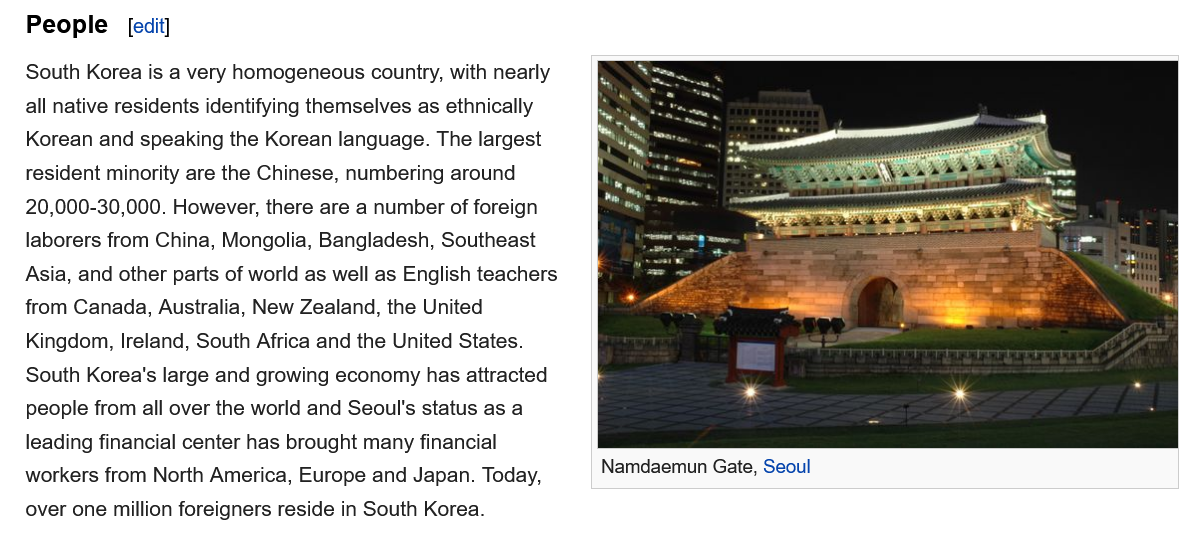
[edit]
   South Korea is a very homogeneous country, with nearly
   all native residents identifying themselves as ethnically
   Korean  and speaking the Korean language. The largest
   resident minority are the Chinese, numbering around
   20,000-30,000. However, there are a number of foreign
   laborers from China, Mongolia, Bangladesh, Southeast
   Asia, and other parts of world as well as English teachers
   from Canada, Australia, New Zealand, the United
   Kingdom, Ireland, South Africa and the United States.
   South Korea's large and growing economy has attracted
   people from all over the world and Seoul's status as a
   leading financial center has brought many financial
   workers from North America, Europe and Japan. Today,
   over one million foreigners reside in South Korea.
     Namdaemun Gate, Seoul
   People